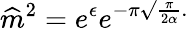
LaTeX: \widehat{m}^{2}=e^{\epsilon}e^{-\pi\surd\frac{\pi}{2\alpha}.}